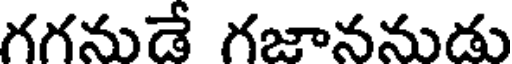
గగనుడే గజాననుడు